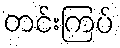
တင်းကြပ်